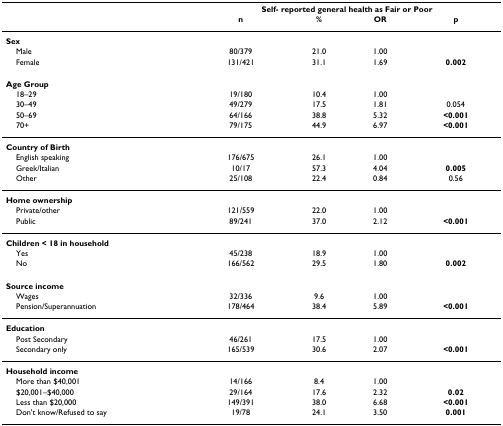
|  | <COLSPAN=4> Self- reported general health as Fair or Poor |
 |  | n | % | OR | p |
 | --- | --- | --- | --- | --- |
 | Sex |  |  |  |  |
 | Male | 80/379 | 21.0 | 1.00 |  |
 | Female | 131/421 | 31.1 | 1.69 | 0.002 |
 | Age Group |  |  |  |  |
 | 18–29 | 19/180 | 10.4 | 1.00 |  |
 | 30–49 | 49/279 | 17.5 | 1.81 | 0.054 |
 | 50–69 | 64/166 | 38.8 | 5.32 | <0.001 |
 | 70+ | 79/175 | 44.9 | 6.97 | <0.001 |
 | Country of Birth |  |  |  |  |
 | English speaking | 176/675 | 26.1 | 1.00 |  |
 | Greek/Italian | 10/17 | 57.3 | 4.04 | 0.005 |
 | Other | 25/108 | 22.4 | 0.84 | 0.56 |
 | Home ownership |  |  |  |  |
 | Private/other | 121/559 | 22.0 | 1.00 |  |
 | Public | 89/241 | 37.0 | 2.12 | <0.001 |
 | Children < 18 in household |  |  |  |  |
 | Yes | 45/238 | 18.9 | 1.00 |  |
 | No | 166/562 | 29.5 | 1.80 | 0.002 |
 | Source income |  |  |  |  |
 | Wages | 32/336 | 9.6 | 1.00 |  |
 | Pension/Superannuation | 178/464 | 38.4 | 5.89 | <0.001 |
 | Education |  |  |  |  |
 | Post Secondary | 46/261 | 17.5 | 1.00 |  |
 | Secondary only | 165/539 | 30.6 | 2.07 | <0.001 |
 | Household income |  |  |  |  |
 | More than $40,001 | 14/166 | 8.4 | 1.00 |  |
 | $20,001–$40,000 | 29/164 | 17.6 | 2.32 | 0.02 |
 | Less than $20,000 | 149/391 | 38.0 | 6.68 | <0.001 |
 | Don't know/Refused to say | 19/78 | 24.1 | 3.50 | 0.001 |